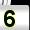
Digit: 5